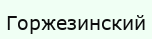
Горжезинский